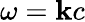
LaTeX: \omega=\mathbf{k}c